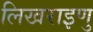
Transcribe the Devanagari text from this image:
लिखराइणु